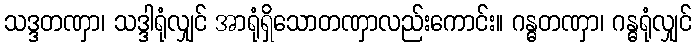
သဒ္ဒတဏှာ၊ သဒ္ဒါရုံလျှင် အာရုံရှိသောတဏှာလည်းကောင်း။ ဂန္ဓတဏှာ၊ ဂန္ဓရုံလျှင်